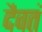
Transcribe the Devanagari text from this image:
दैवतं